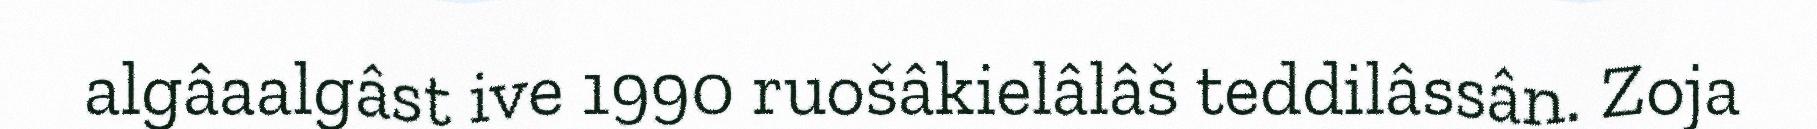
algâaalgâst ive 1990 ruošâkielâlâš teddilâssân. Zoja